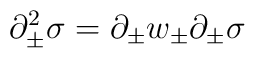
\partial^2_{\pm}\sigma=\partial_{\pm}w_{\pm} \partial_{\pm}  \sigma